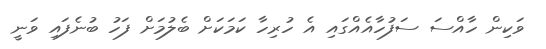
ވަކިން ހާއްސަ ސަފުހާއެއްގައި އެ ހުރިހާ ކަމަކަށް ބެލުމަށް ފަހު ބުނެފައި ވަނީ